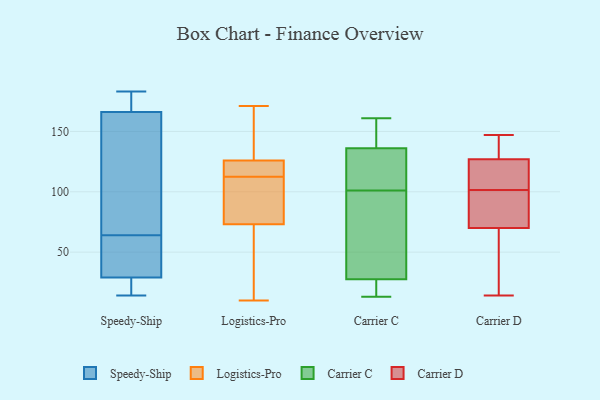
{"axis": {"x": "Gross Profit (USD K)", "y": "Value"}, "legend": ["Carrier C", "Carrier D", "Logistics-Pro", "Speedy-Ship"], "data": [{"x": "", "y": 29, "type": "Speedy-Ship"}, {"x": "", "y": 163, "type": "Speedy-Ship"}, {"x": "", "y": 72, "type": "Speedy-Ship"}, {"x": "", "y": 52, "type": "Speedy-Ship"}, {"x": "", "y": 166, "type": "Speedy-Ship"}, {"x": "", "y": 14, "type": "Speedy-Ship"}, {"x": "", "y": 56, "type": "Speedy-Ship"}, {"x": "", "y": 183, "type": "Speedy-Ship"}, {"x": "", "y": 25, "type": "Speedy-Ship"}, {"x": "", "y": 169, "type": "Speedy-Ship"}, {"x": "", "y": 39, "type": "Logistics-Pro"}, {"x": "", "y": 123, "type": "Logistics-Pro"}, {"x": "", "y": 171, "type": "Logistics-Pro"}, {"x": "", "y": 126, "type": "Logistics-Pro"}, {"x": "", "y": 169, "type": "Logistics-Pro"}, {"x": "", "y": 73, "type": "Logistics-Pro"}, {"x": "", "y": 61, "type": "Logistics-Pro"}, {"x": "", "y": 10, "type": "Logistics-Pro"}, {"x": "", "y": 88, "type": "Logistics-Pro"}, {"x": "", "y": 169, "type": "Logistics-Pro"}, {"x": "", "y": 76, "type": "Logistics-Pro"}, {"x": "", "y": 110, "type": "Logistics-Pro"}, {"x": "", "y": 115, "type": "Logistics-Pro"}, {"x": "", "y": 165, "type": "Logistics-Pro"}, {"x": "", "y": 118, "type": "Logistics-Pro"}, {"x": "", "y": 32, "type": "Logistics-Pro"}, {"x": "", "y": 101, "type": "Logistics-Pro"}, {"x": "", "y": 118, "type": "Logistics-Pro"}, {"x": "", "y": 117, "type": "Carrier C"}, {"x": "", "y": 124, "type": "Carrier C"}, {"x": "", "y": 17, "type": "Carrier C"}, {"x": "", "y": 161, "type": "Carrier C"}, {"x": "", "y": 27, "type": "Carrier C"}, {"x": "", "y": 13, "type": "Carrier C"}, {"x": "", "y": 140, "type": "Carrier C"}, {"x": "", "y": 101, "type": "Carrier C"}, {"x": "", "y": 29, "type": "Carrier C"}, {"x": "", "y": 74, "type": "Carrier C"}, {"x": "", "y": 155, "type": "Carrier C"}, {"x": "", "y": 102, "type": "Carrier D"}, {"x": "", "y": 91, "type": "Carrier D"}, {"x": "", "y": 107, "type": "Carrier D"}, {"x": "", "y": 50, "type": "Carrier D"}, {"x": "", "y": 141, "type": "Carrier D"}, {"x": "", "y": 70, "type": "Carrier D"}, {"x": "", "y": 127, "type": "Carrier D"}, {"x": "", "y": 72, "type": "Carrier D"}, {"x": "", "y": 107, "type": "Carrier D"}, {"x": "", "y": 141, "type": "Carrier D"}, {"x": "", "y": 14, "type": "Carrier D"}, {"x": "", "y": 143, "type": "Carrier D"}, {"x": "", "y": 64, "type": "Carrier D"}, {"x": "", "y": 99, "type": "Carrier D"}, {"x": "", "y": 41, "type": "Carrier D"}, {"x": "", "y": 116, "type": "Carrier D"}, {"x": "", "y": 147, "type": "Carrier D"}, {"x": "", "y": 101, "type": "Carrier D"}]}